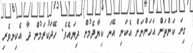
ގިނަ ކަންތަށް އަހަންނަށް އެކަނި އޭނަ ކިޔާދެމުން ދިޔައެވެ. ހޭދަކުރަމުން ދާ އެކިނވެރި